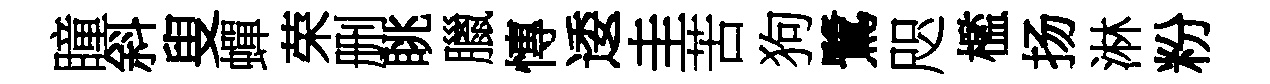
瞳斜叟蟬荣删眺臘慱逶圭苦狗鷺咫檻扬淋粉